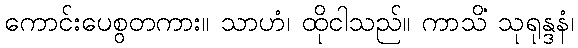
ကောင်းပေစွတကား။ သာဟံ၊ ထိုငါသည်။ ကာသိံ သုရုန္ဒနံ၊